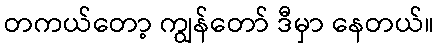
တကယ်တော့ ကျွန်တော် ဒီမှာ နေတယ်။